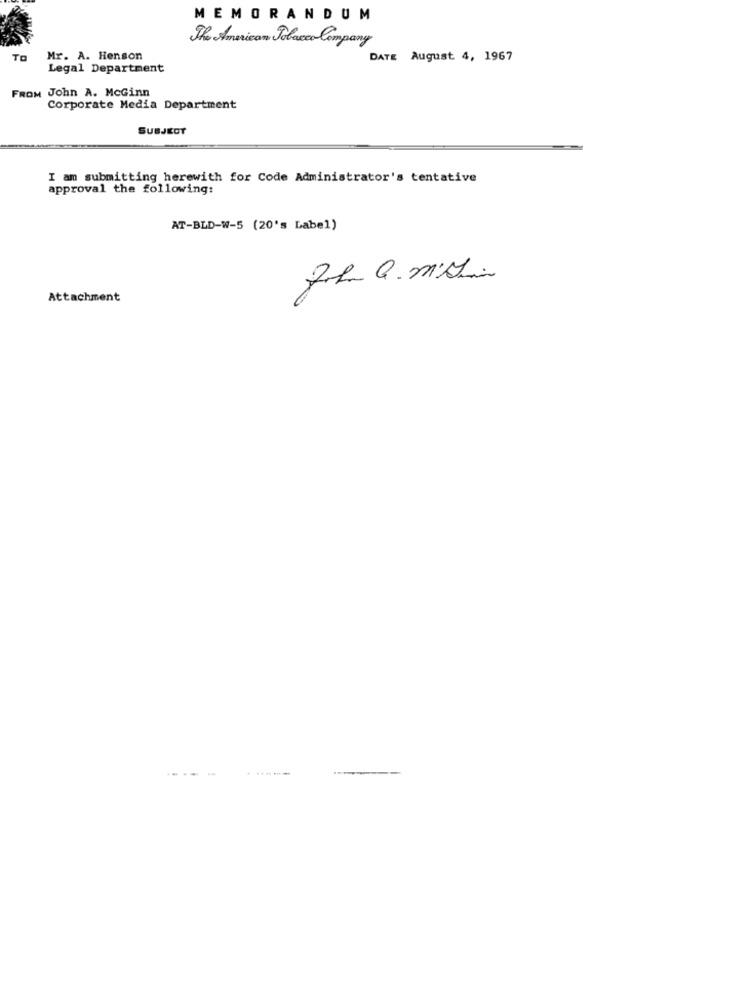
MEMORANDUM
The American Tobacco Company
TO
Mr. A. Henson
DATE August 4, 1967
Legal Department
FROM John A. McGinn
Corporate Media Department
SUBJECT
I am submitting herewith for Code Administrator's tentative
approval the following:
AT-BLD-W-5 (20's Label)
Attachment